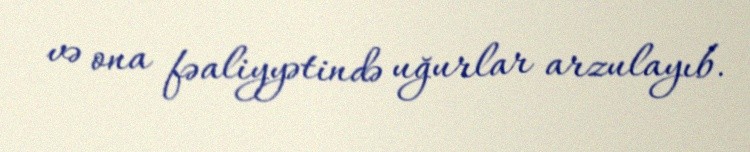
və ona fəaliyyətində uğurlar arzulayıb.